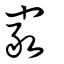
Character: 嚴